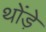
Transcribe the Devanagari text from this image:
थोंड़े